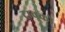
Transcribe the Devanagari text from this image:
ट्रावको